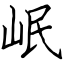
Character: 岷